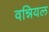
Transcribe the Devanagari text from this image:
वन्नियल